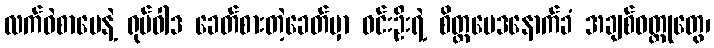
လက်ဝဲစာပေနဲ့ ရုပ်ဝါဒ ခေတ်စားတဲ့ခေတ်မှာ ဝင်းဦးရဲ့ စိတ္တဗေဒနောက်ခံ အချစ်ဝတ္ထုတွေ၊